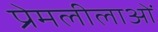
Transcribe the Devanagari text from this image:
प्रेमलीलाओं